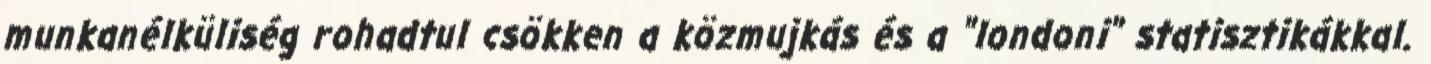
munkanélküliség rohadtul csökken a közmujkás és a "londoni" statisztikákkal.